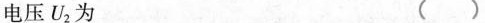
电压U_{2}为（）